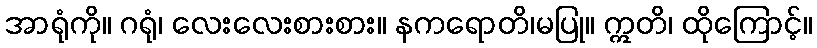
အာရုံကို။ ဂရုံ၊ လေးလေးစားစား။ နကရောတိ၊မပြု။ ဣတိ၊ ထိုကြောင့်။